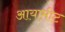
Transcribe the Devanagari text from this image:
आयामीट